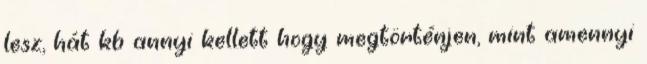
lesz, hát kb annyi kellett hogy megtörténjen, mint amennyi